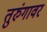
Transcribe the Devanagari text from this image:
तुरुंगावर